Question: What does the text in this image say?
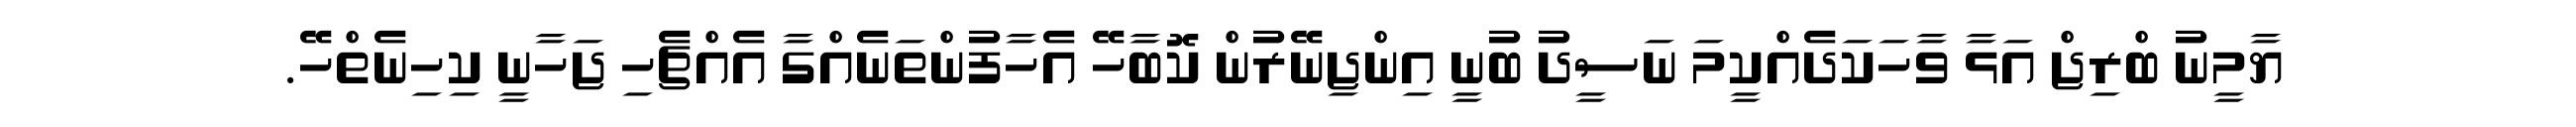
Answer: ޔާމީނު ބްރިޖް އަޅާ ވާހަކަދެއްކީމަ ނަސީދު ބުނީ އިންޖިނޭރުން ކޮބާހޭ އެހާފުންތަނެއްގާ އެއްޗެހި ޖަހާނީ ކިހިނެތްހޭ.